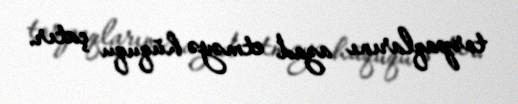
torpaqlarını azad etməyə hüququ çatır.